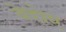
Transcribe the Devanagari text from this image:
बेद्दोए